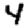
Digit: 4